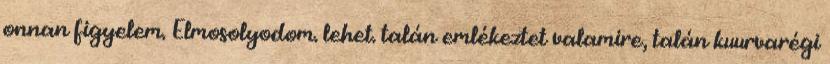
onnan figyelem. Elmosolyodom. lehet. talán emlékeztet valamire, talán kuurvarégi